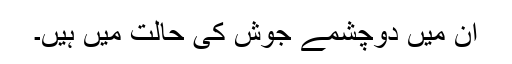
ان میں دوچشمے جوش کی حالت میں ہیں۔